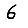
Digit: 6